Vabadussoja_Ajaloo_Komitee, lk 6
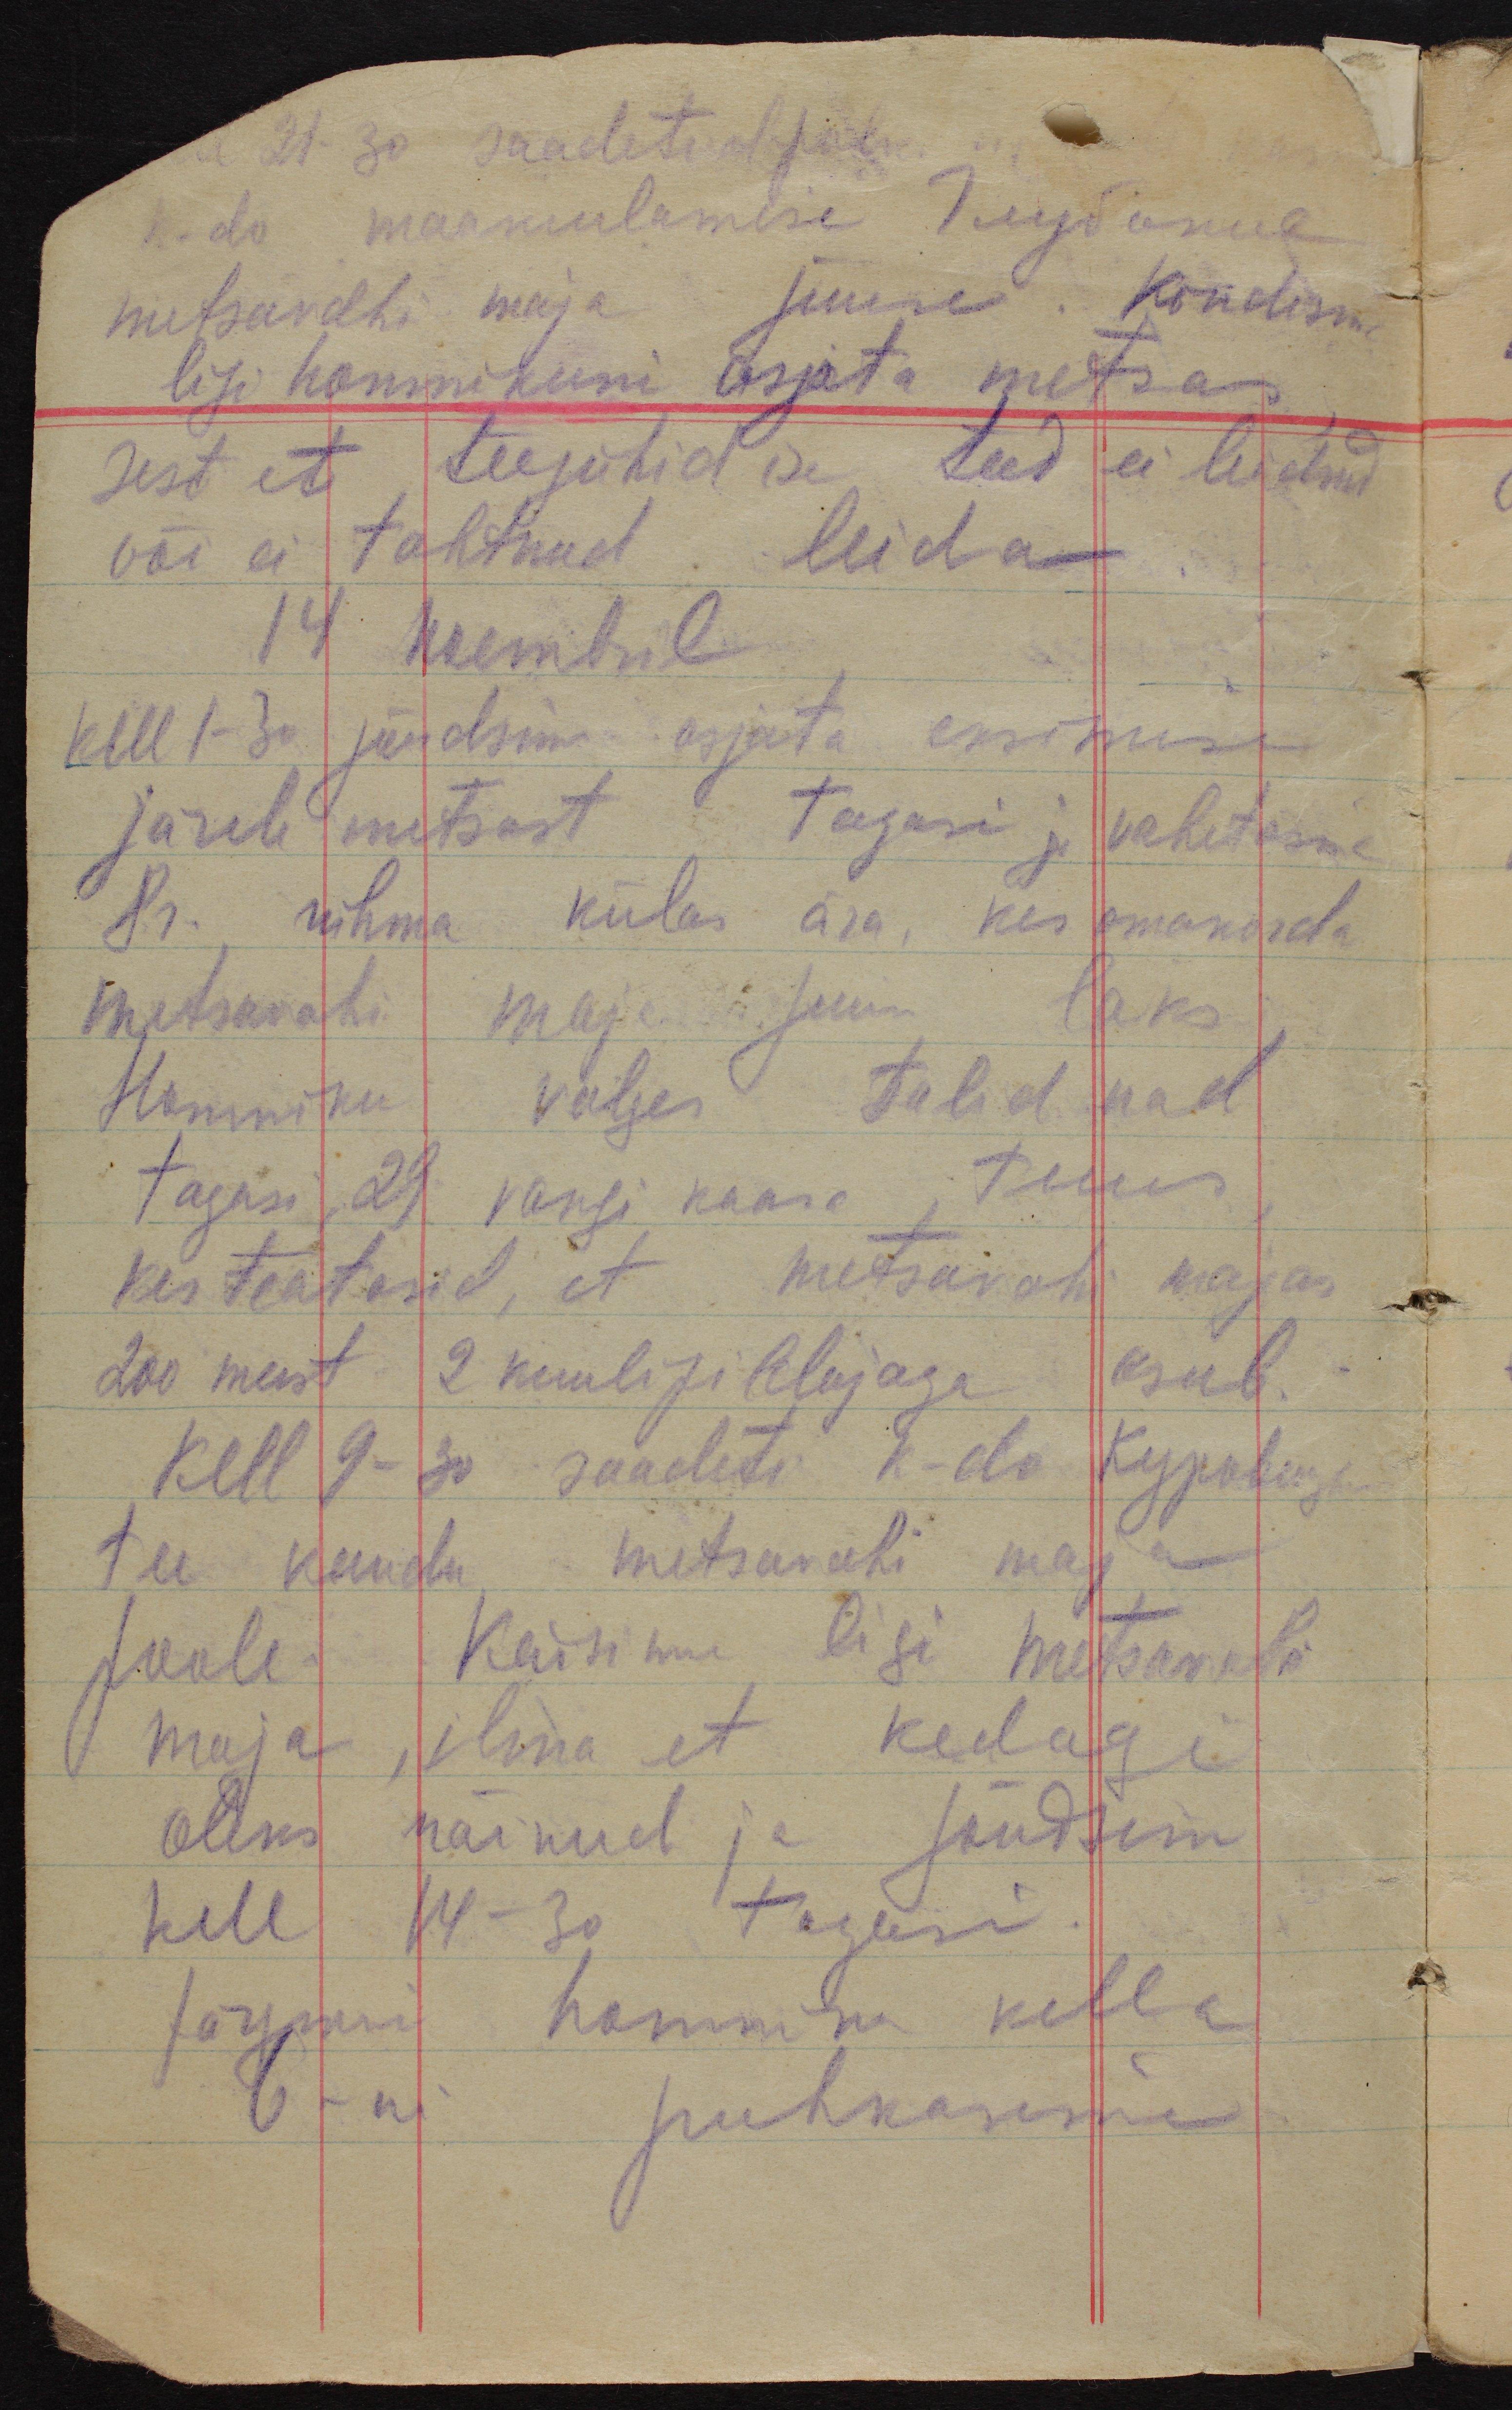
21-30 saadeti al. polk
k-do maakuulamise Глубокие
metsavahi maja juure. Kõndisime
ligi hommikuni asjata metsas,
sest et teejuhid ise teed ei leidnud
või ei tahtnud leida
14 Noembril
Kell 1-30 jõudsime asjata eksimise
järele metsast tagasi ja  vahetasime
8r. rühma külas ära, kes omakorda
metsavahi maja juure läks
Hommiku valges tulid nad
tagasi, 29 vangi kaasa tuues,
kes teatasid, et metsavahi majas
200 meest 2 kuulipildujaga asub.
Kell 9-30 saadeti k-do Куровице
tee kaudu metsavahi maja
poole. Käisime ligi metsavahi
maja, ilma et kedagi
oleks näinud ja jõudsime
kell 14-30 tagasi.
Järgmise hommiku kella
6 - ni puhkasime